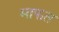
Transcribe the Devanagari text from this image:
माफत